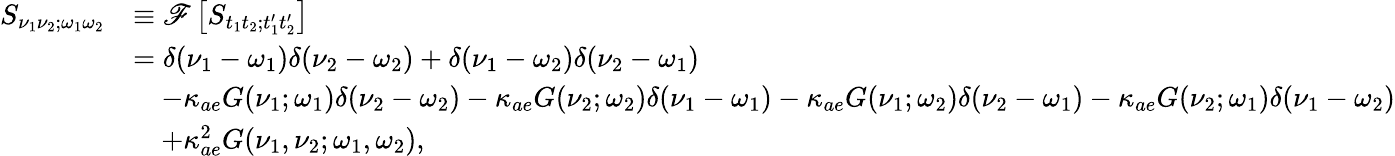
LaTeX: \begin{array}{rl}{S_{\nu_{1}\nu_{2};\omega_{1}\omega_{2}}}&{\equiv\mathscr{F}\left[S_{t_{1}t_{2};t_{1}^{\prime}t_{2}^{\prime}}\right]}\\ &{=\delta(\nu_{1}-\omega_{1})\delta(\nu_{2}-\omega_{2})+\delta(\nu_{1}-\omega_{2})\delta(\nu_{2}-\omega_{1})}\\ &{\quad-\kappa_{ae}G(\nu_{1};\omega_{1})\delta(\nu_{2}-\omega_{2})-\kappa_{ae}G(\nu_{2};\omega_{2})\delta(\nu_{1}-\omega_{1})-\kappa_{ae}G(\nu_{1};\omega_{2})\delta(\nu_{2}-\omega_{1})-\kappa_{ae}G(\nu_{2};\omega_{1})\delta(\nu_{1}-\omega_{2})}\\ &{\quad+\kappa_{ae}^{2}G(\nu_{1},\nu_{2};\omega_{1},\omega_{2}),}\end{array}